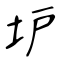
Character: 𡉴